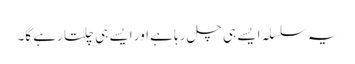
یہ سلسلہ ایسے ہی چل رہا ہے اور ایسے ہی چلتا رہے گا۔